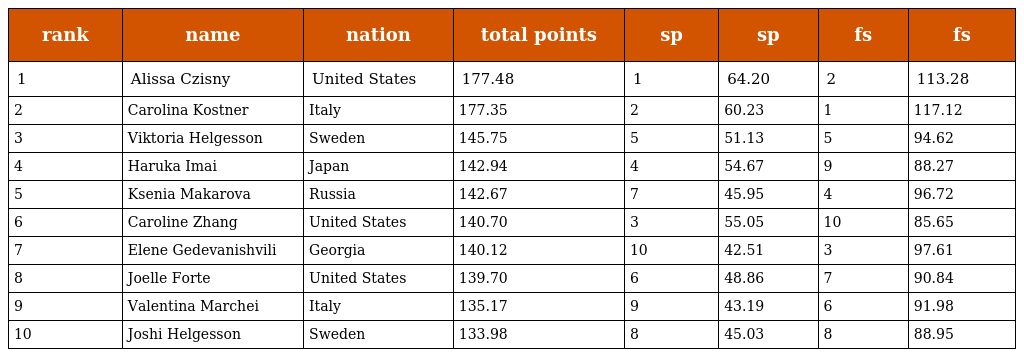
| rank | name | nation | total points | sp | sp | fs | fs |
 | --- | --- | --- | --- | --- | --- | --- | --- |
 | 1 | Alissa Czisny | United States | 177.48 | 1 | 64.20 | 2 | 113.28 |
 | 2 | Carolina Kostner | Italy | 177.35 | 2 | 60.23 | 1 | 117.12 |
 | 3 | Viktoria Helgesson | Sweden | 145.75 | 5 | 51.13 | 5 | 94.62 |
 | 4 | Haruka Imai | Japan | 142.94 | 4 | 54.67 | 9 | 88.27 |
 | 5 | Ksenia Makarova | Russia | 142.67 | 7 | 45.95 | 4 | 96.72 |
 | 6 | Caroline Zhang | United States | 140.70 | 3 | 55.05 | 10 | 85.65 |
 | 7 | Elene Gedevanishvili | Georgia | 140.12 | 10 | 42.51 | 3 | 97.61 |
 | 8 | Joelle Forte | United States | 139.70 | 6 | 48.86 | 7 | 90.84 |
 | 9 | Valentina Marchei | Italy | 135.17 | 9 | 43.19 | 6 | 91.98 |
 | 10 | Joshi Helgesson | Sweden | 133.98 | 8 | 45.03 | 8 | 88.95 |